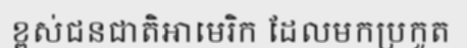
ខ្ពស់ជនជាតិអាមេរិក ដែលមកប្រកួត